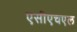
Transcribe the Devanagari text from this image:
एसीएचएल